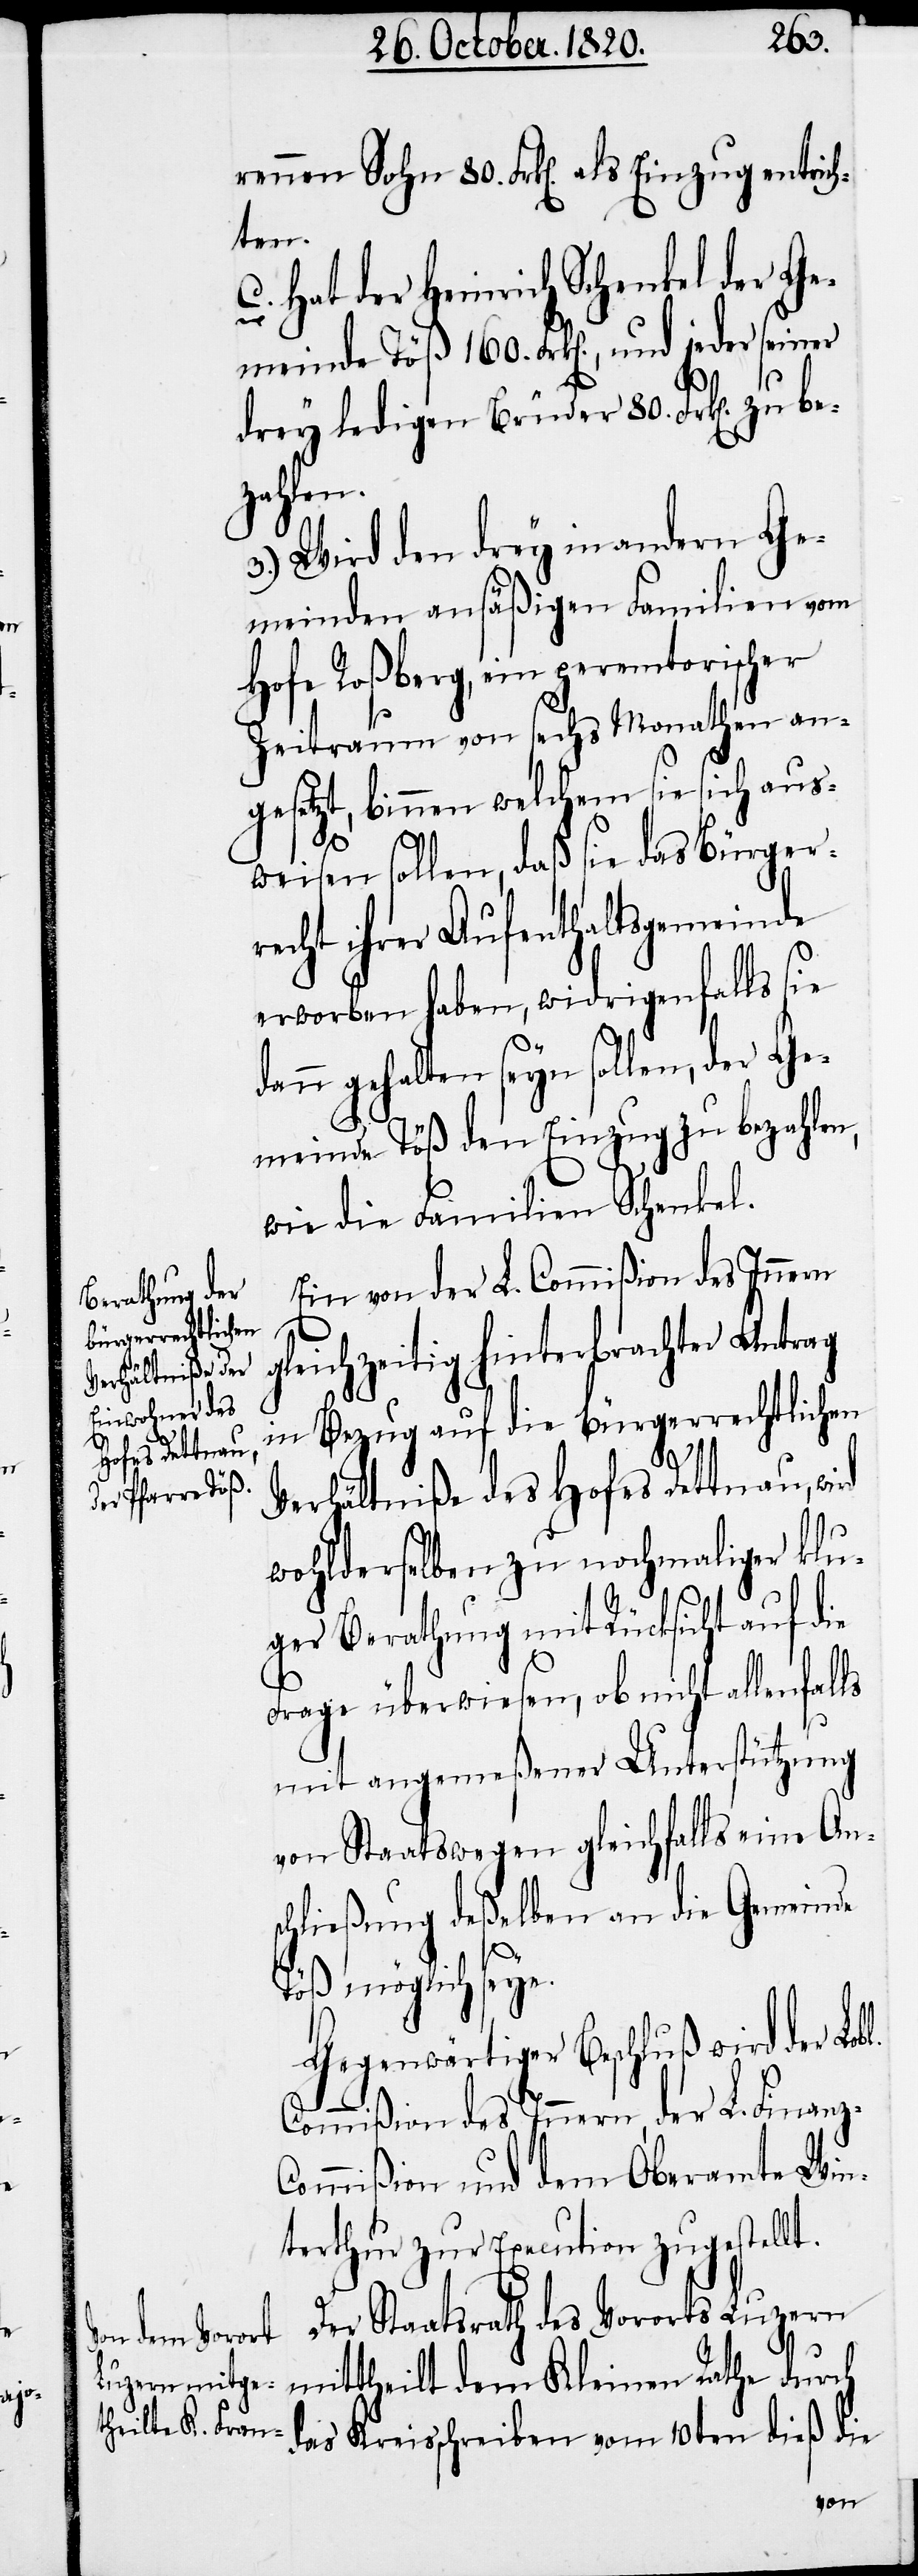
be¬
rennen Sohn 80. Frk[en]. als Einzug entrich¬
ten.
Hat der Heinrich Schenkel der Ge¬
meinde Töß 160. Frk[en]., und jeder
drey ledigen Brüder 80. Frk[en]. z¬
zahlen.
3.) Wird den drey in andern Ge¬
meinden ansäßigen Familien vom
Hofe Roßberg, ein peremtorischer
Zeitraum von sechs Monathen an¬
gesetzt, binnen welchem sie sich aus¬
weisen sollen, daß sie das Bürger¬
recht ihrer Aufenthaltsgemeinde
erworben haben, widrigenfalls sie
dann gehalten seyn sollen, der Ge¬
meinde Töß den Einzug zu bezahlen,
wie die Familien Schenkel.
Ein von der L. Commißion des Innern
gleichzeitig hinterbrachter Antrag
in Bezug auf die bürgerrechtlichen
Verhältniße des Hofes Dettnau,
wohlderselben zu nochmaliger klu¬
ger Berathung mit Rücksicht auf die
Frage überwiesen, ob nicht allenfalls
u
mit angemeßener Unterstützung
von Staatswegen gleichfalls eine An¬
schließung deßelben an die Gemeinde
Töß möglich seye.
Der Staatsrath des Vororts Luzern
mittheilt dem Kleinen Rathe durch
das Kreisschreiben von 10ten dieß die